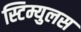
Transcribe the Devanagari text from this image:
स्टिम्युलस